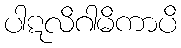
ပါဋလိဂါမိကာပိ